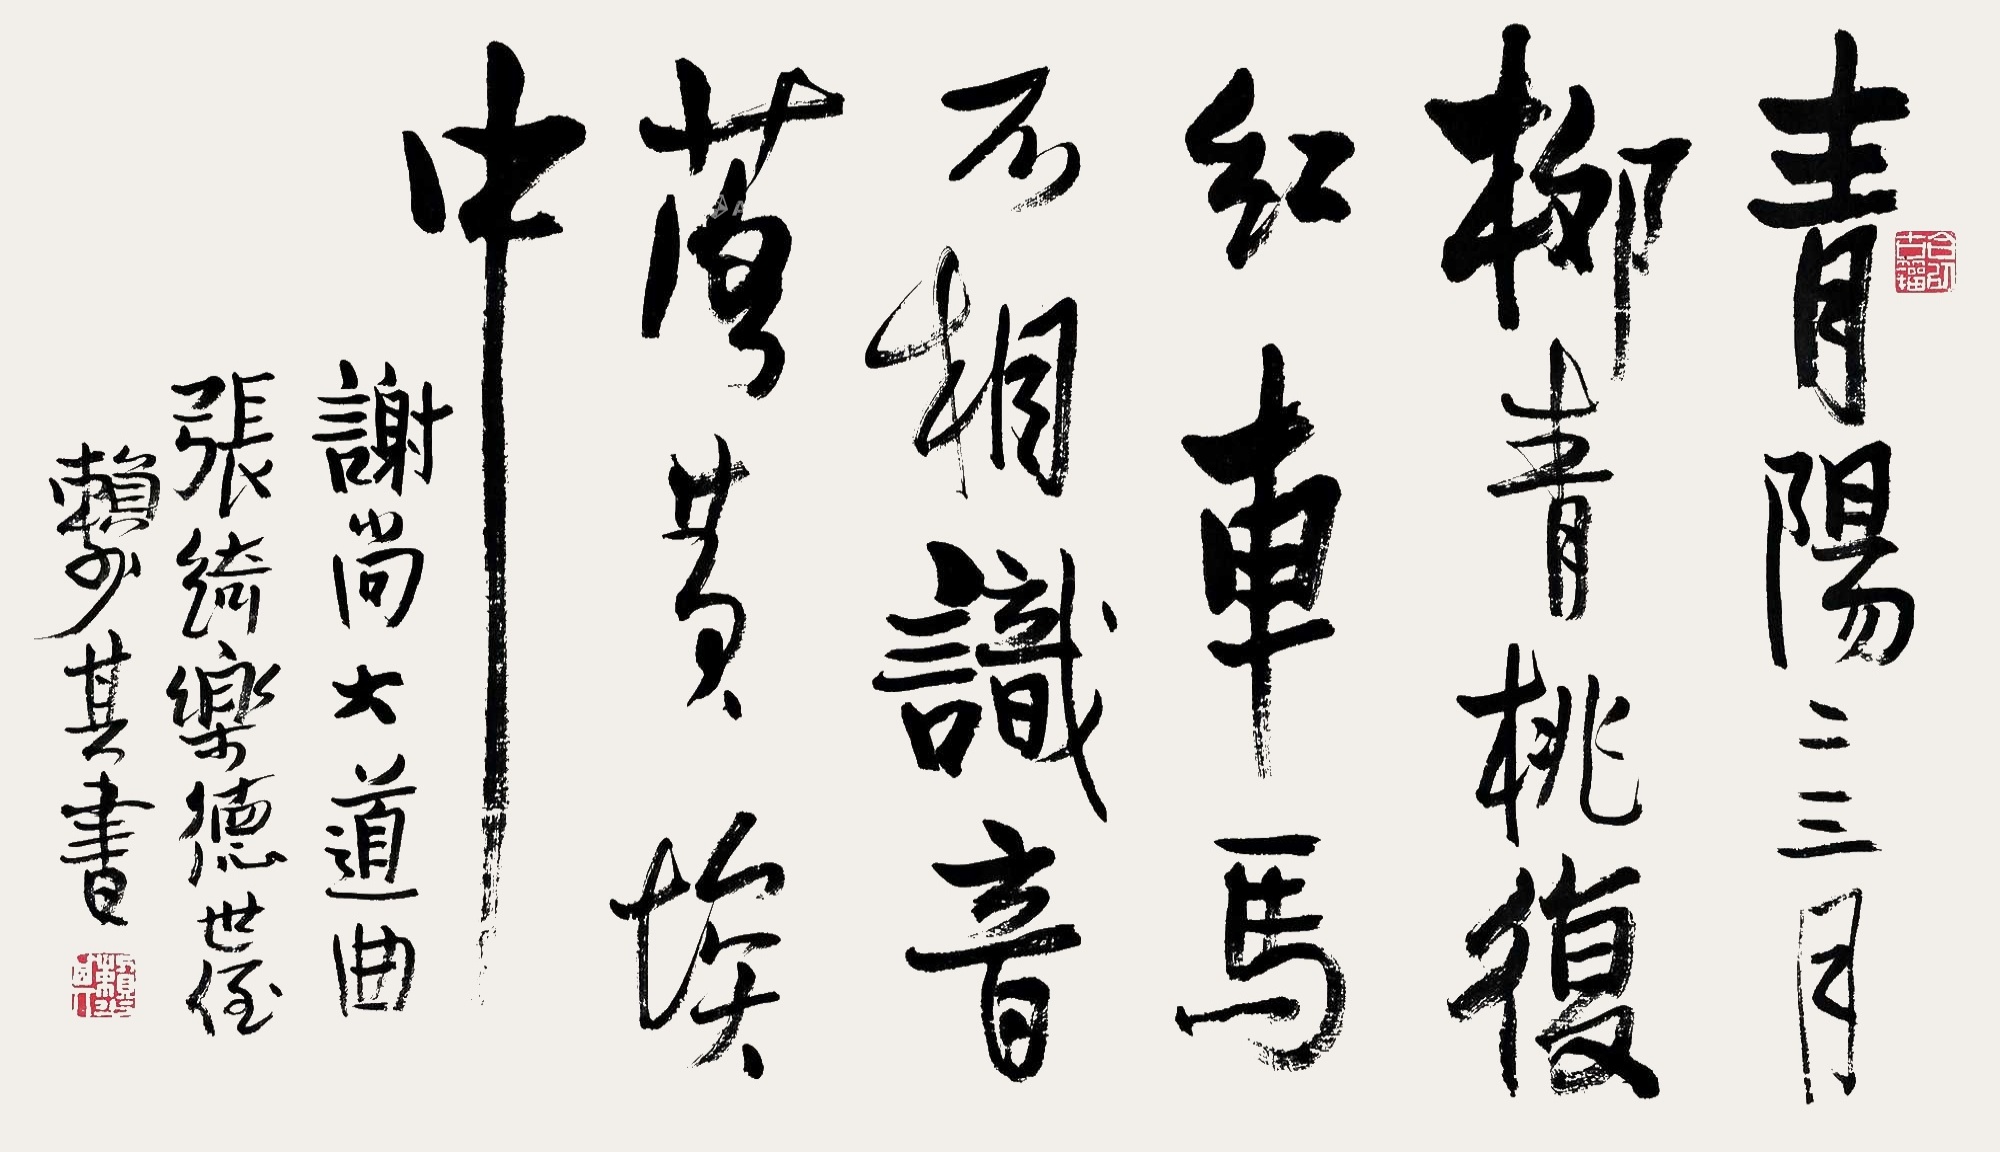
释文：青阳二三月，柳青桃复红。车马不相识，音落黄埃中。谢尚大道曲。张绮、乐德世侄，赖少其书。